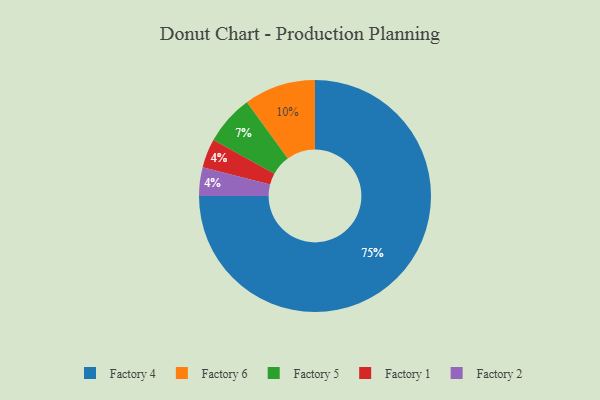
{"axis": {"x": "Category", "y": "Percentage"}, "legend": ["Factory 1", "Factory 2", "Factory 4", "Factory 5", "Factory 6"], "data": [{"x": "Factory 1", "y": 4, "type": "Factory 1"}, {"x": "Factory 4", "y": 75, "type": "Factory 4"}, {"x": "Factory 6", "y": 10, "type": "Factory 6"}, {"x": "Factory 5", "y": 7, "type": "Factory 5"}, {"x": "Factory 2", "y": 4, "type": "Factory 2"}]}